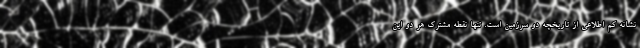
نشانه کم اطلاعی از تاریخچه دو سرزمین است. تنها نقطه مشترک هر دو این